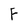
Character: F